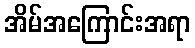
အိမ်အကြောင်းအရာ